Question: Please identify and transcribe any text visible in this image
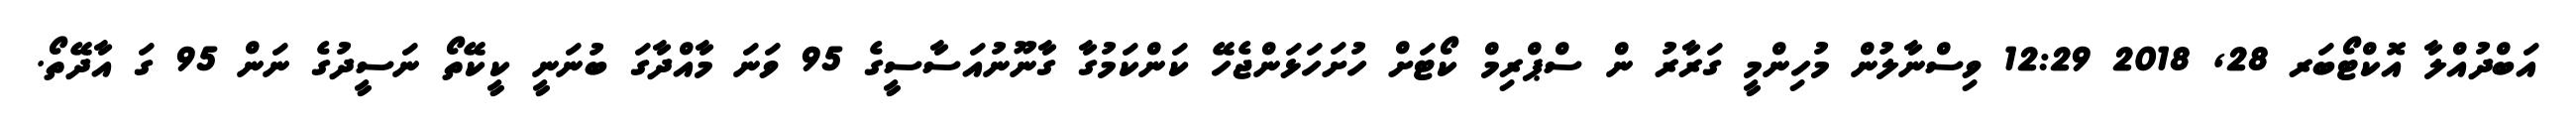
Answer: އަބްދުއްލާ އޮކްޓޯބަރ 28, 2018 12:29 ވިސްނާލުން މުހިންމީ ގަރާރު ން ސްޕްރިމް ކޯޓަށް ހުށަހަޅަންޖެހޭ ކަންކަމުގާ ގާނޫނުއަސާސީގެ 95 ވަނަ މާއްދާގަ ބުނަނީ ކީކޭތޯ ނަސީދުގެ ނަން 95 ގަ އާދޭތޯ.